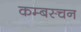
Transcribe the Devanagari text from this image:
कम्बस्चन